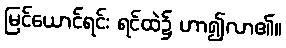
မြင်ယောင်ရင်း ရင်ထဲ၌ ဟာ၍လာ၏။